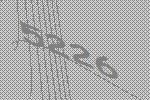
5226